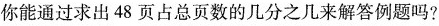
你能通过求出48页占总页数的几分之几来解答例题吗?